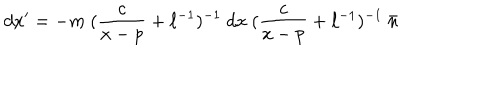
d x ^ { \prime } = - m ~ ( \frac { c } { x - p } + \ell ^ { - 1 } ) ^ { - 1 } ~ d x ~ ( \frac { c } { x - p } + \ell ^ { - 1 } ) ^ { - 1 } ~ \bar { n }